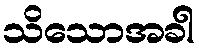
သိသောအခါ